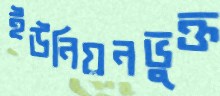
ইউনিয়নভুক্ত